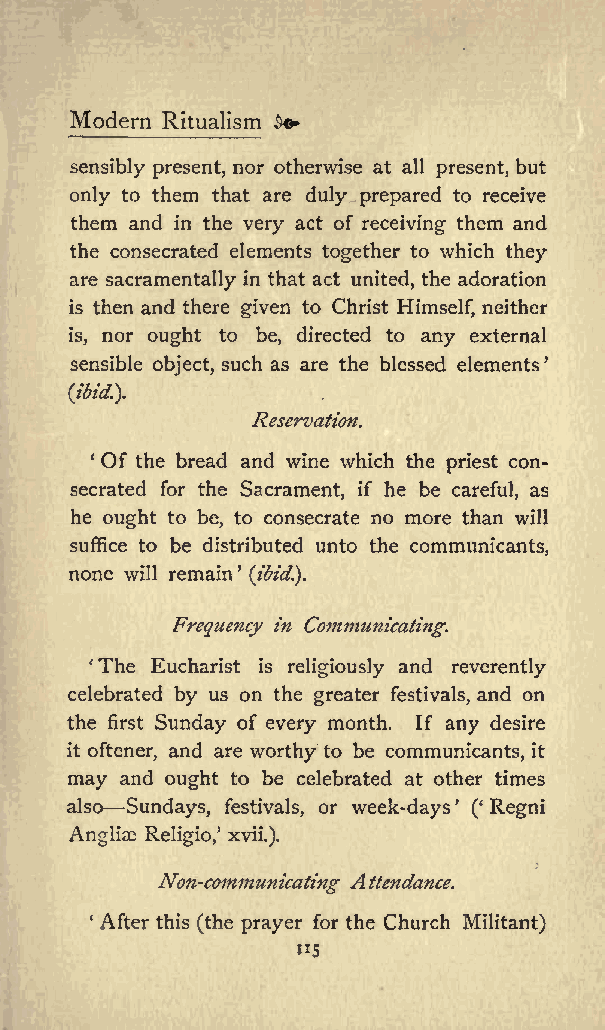
Modern Ritualism $+
 sensibly present, nor otherwise at all present, but
 only to them that are duly prepared to receive
 them and in the very act of receiving them and
 the consecrated elements together to which they
 are sacramentally in that act united, the adoration
 is then and there given to Christ Himself, neither
 is, nor ought to be, directed to any external
 sensible object, such as are the blessed elements
 (ibid.}.
 Reservation.
 Of the bread and wine which the priest con
 secrated for the Sacrament, if he be careful, as
 he ought to be, to consecrate no more than will
 suffice to be distributed unto the communicants,
 none will remain (ibid.}.
 Frequency in Communicating.
 The Eucharist is religiously and reverently
 celebrated by us on the greater festivals, and on
 the first Sunday of every month. If any desire
 it oftener, and are worthy to be communicants, it
 may and ought to be celebrated at other times
 also Sundays, festivals, or week-days ( Regni
 Angliae Religio, xvii.).
 A
 Non-communicating ttendance.
 After this (the prayer for the Church Militant)
 &quot;5